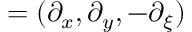
\mathbf { \nabla } = ( \partial _ { x } , \partial _ { y } , - \partial _ { \xi } )